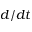
d / d t